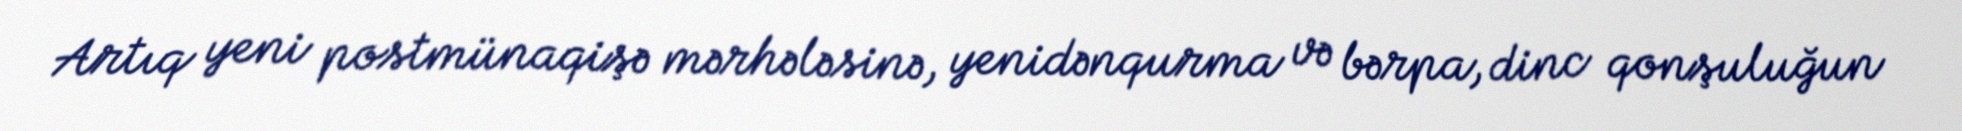
Artıq yeni postmünaqişə mərhələsinə, yenidənqurma və bərpa, dinc qonşuluğun